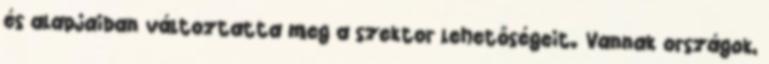
és alapjaiban változtatta meg a szektor lehetőségeit. Vannak országok,